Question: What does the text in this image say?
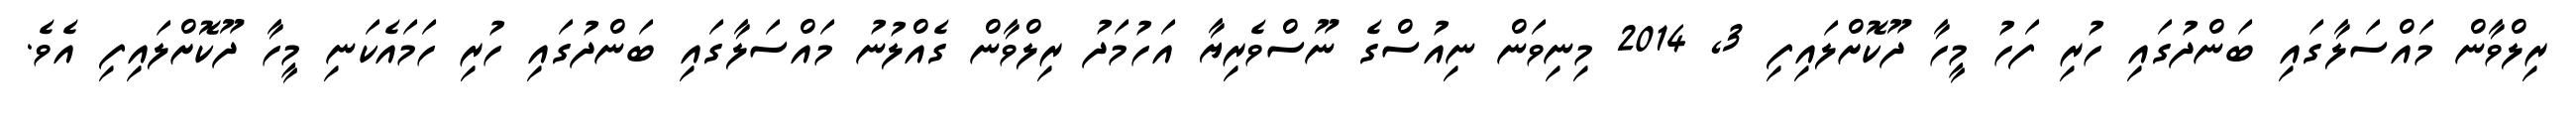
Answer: ރިލްވާން މައްސަލާގައި ބަންދުގައި ހުރި ފަހު މީހާ ދޫކޮށްލައިފި 3, 2014 މިނިވަން ނިއުސްގެ ނޫސްވެރިޔާ އަހުމަދު ރިލްވާން ގެއްލުނު މައްސަލާގައި ބަންދުގައި ހުރި ހަމައެކަނި މީހާ ދޫކޮށްލައިފި އެވެ.